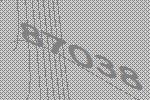
87038